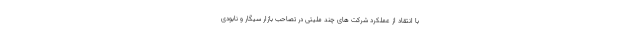
با انتقاد از عملکرد شرکت های چند ملیتی در تصاحب بازار سیگار و نابودی